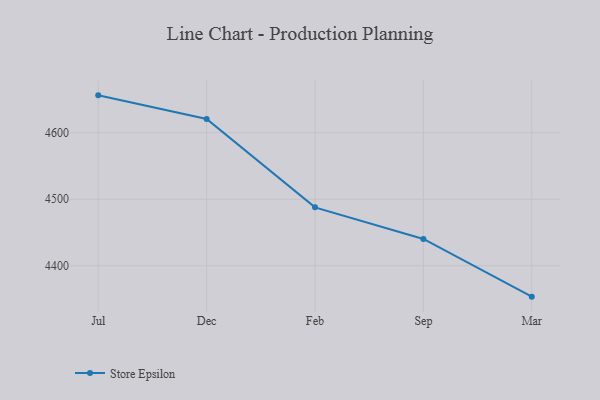
{"axis": {"x": "Month", "y": "Website Visitors"}, "legend": ["Store Epsilon"], "data": [{"x": "Jul", "y": 4656.3, "type": "Store Epsilon"}, {"x": "Dec", "y": 4620.7, "type": "Store Epsilon"}, {"x": "Feb", "y": 4487.8, "type": "Store Epsilon"}, {"x": "Sep", "y": 4440.3, "type": "Store Epsilon"}, {"x": "Mar", "y": 4353.5, "type": "Store Epsilon"}]}